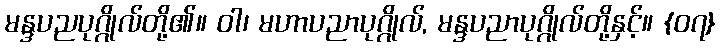
မန္ဒပညပုဂ္ဂိုလ်တို့၏။ ဝါ၊ မဟာပညာပုဂ္ဂိုလ်, မန္ဒပညာပုဂ္ဂိုလ်တို့နှင့်။ {၀၇}